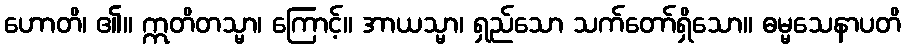
ဟောတိ၊ ၏။ ဣတိတသ္မာ၊ ကြောင့်။ အာယသ္မာ၊ ရှည်သော သက်တော်ရှိသော။ ဓမ္မသေနာပတိ